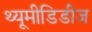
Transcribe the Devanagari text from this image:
थ्यूमीडिडीज